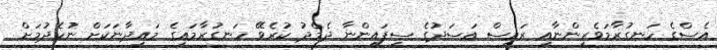
އެސްގެ ހަނގުރާމަވެރިންނާއި ރައީސް އަސަދުގެ ސިފައިންނާ ދެމެދު ކުރެވޭ ހަނގުރާމައިގެ މައިދާނަކަށް ނުހެދުމަށް